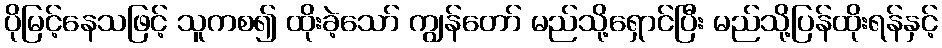
ပိုမြင့်နေသဖြင့် သူကစ၍ ထိုးခဲ့သော် ကျွန်တော် မည်သို့ရှောင်ပြီး မည်သို့ပြန်ထိုးရန်နှင့်